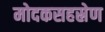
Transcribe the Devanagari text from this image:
मोदकसहस्रेण